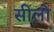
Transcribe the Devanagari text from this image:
सीलो